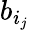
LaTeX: b_{i_{j}}